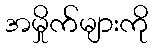
အမှိုက်များကို